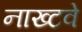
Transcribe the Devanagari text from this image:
नाख्टवे